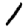
Digit: 1